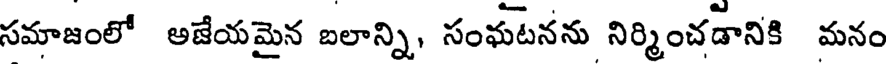
సమాజంలో అజేయమైన బలాన్ని, సంఘటనను నిర్మించడానికి మనం